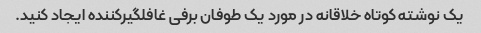
یک نوشته کوتاه خلاقانه در مورد یک طوفان برفی غافلگیرکننده ایجاد کنید.